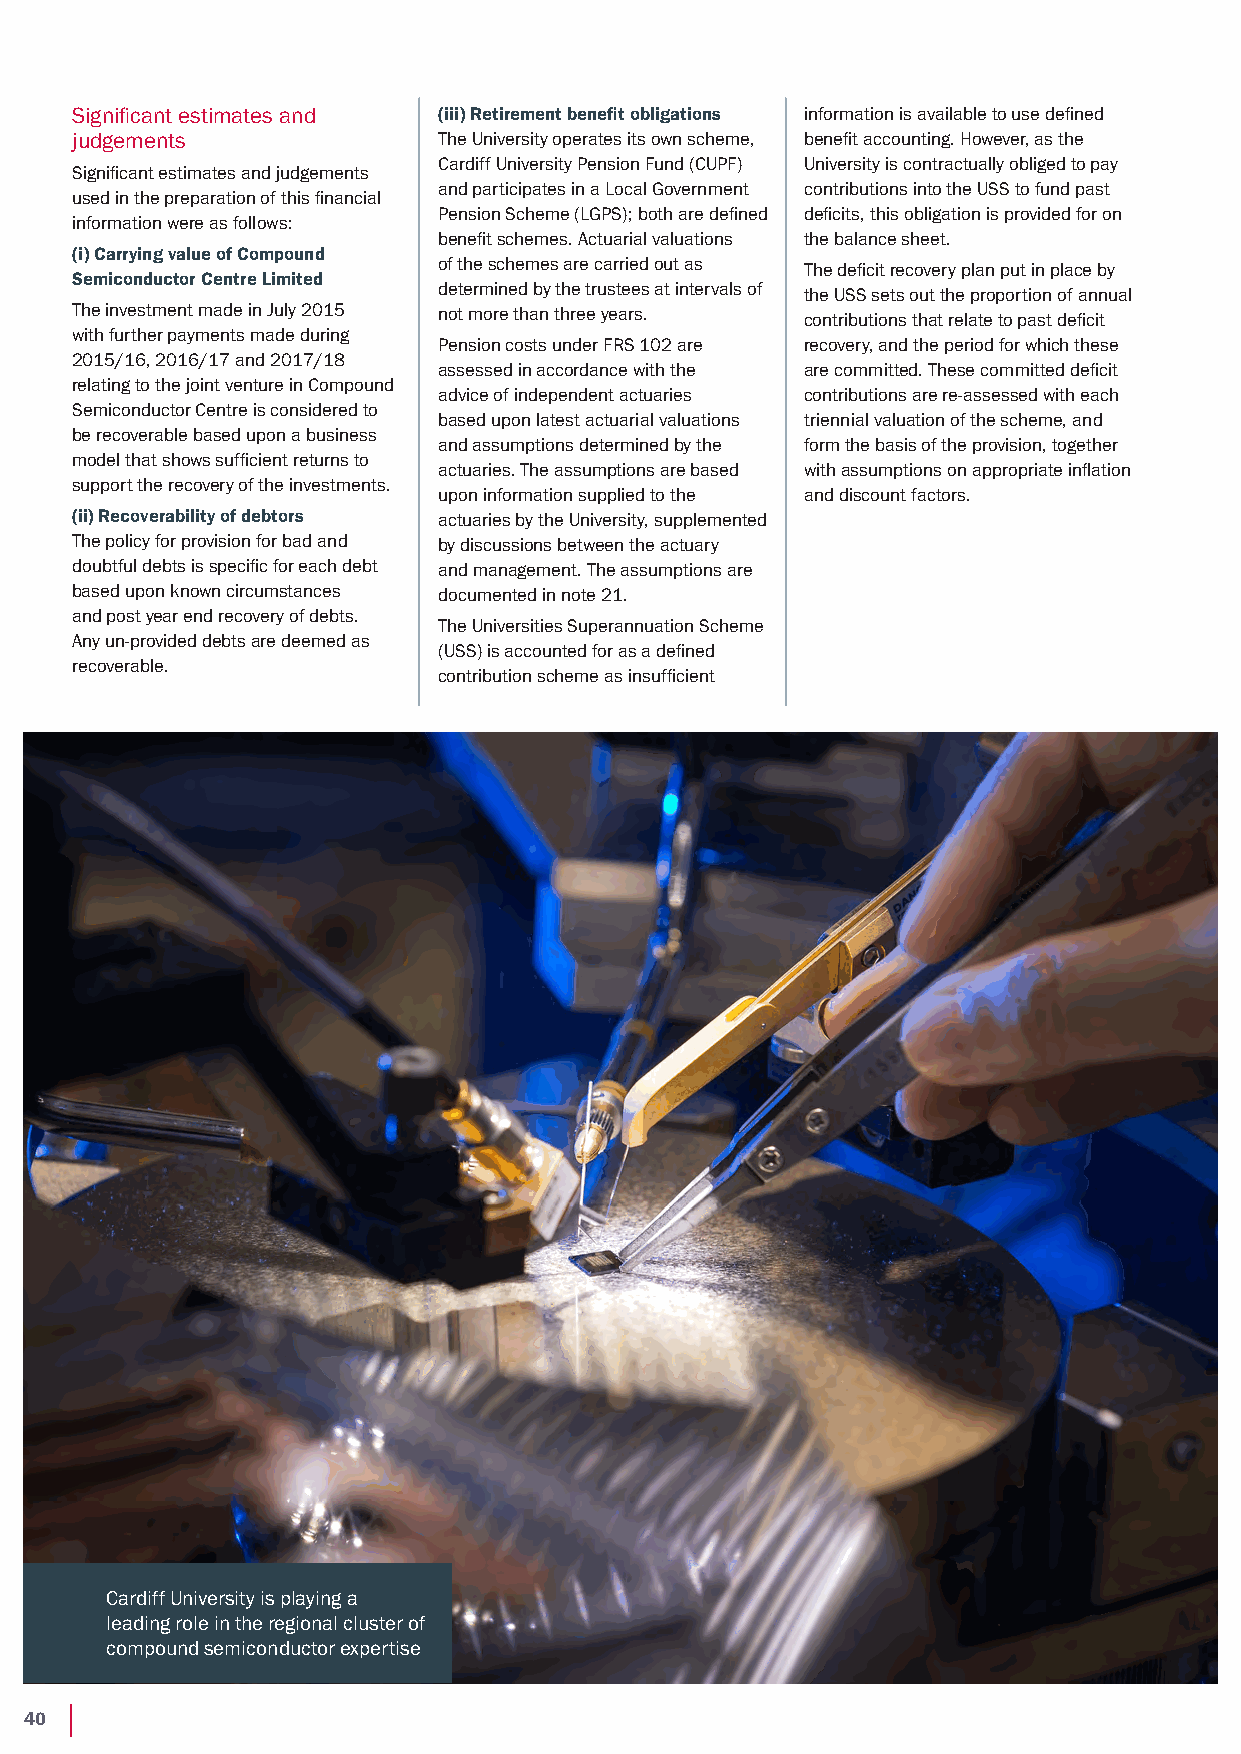
Significant estimates and (iii) Retirement benefit obligations information is available to use defined
 judgements              The University operates its own scheme, benefit accounting. However, as the
 Cardiff University Pension Fund (CUPF) University is contractually obliged to pay
 Significant estimates and judgements
 and participates in a Local Government contributions into the USS to fund past
 used in the preparation of this financial
 Pension Scheme (LGPS); both are defined deficits, this obligation is provided for on
 information were as follows:
 benefit schemes. Actuarial valuations the balance sheet.
 (i) Carrying value of Compound
 of the schemes are carried out as The deficit recovery plan put in place by
 Semiconductor Centre Limited
 determined by the trustees at intervals of the USS sets out the proportion of annual
 The investment made in July 2015 not more than three years. contributions that relate to past deficit
 with further payments made during
 Pension costs under FRS 102 are recovery, and the period for which these
 2015/16, 2016/17 and 2017/18
 assessed in accordance with the are committed. These committed deficit
 relating to the joint venture in Compound
 advice of independent actuaries contributions are re-assessed with each
 Semiconductor Centre is considered to
 based upon latest actuarial valuations triennial valuation of the scheme, and
 be recoverable based upon a business
 and assumptions determined by the form the basis of the provision, together
 model that shows sufficient returns to
 actuaries. The assumptions are based with assumptions on appropriate inflation
 support the recovery of the investments.
 upon information supplied to the and discount factors.
 (ii) Recoverability of debtors actuaries by the University, supplemented
 The policy for provision for bad and by discussions between the actuary
 doubtful debts is specific for each debt and management. The assumptions are
 based upon known circumstances documented in note 21.
 and post year end recovery of debts.
 The Universities Superannuation Scheme
 Any un-provided debts are deemed as
 (USS) is accounted for as a defined
 recoverable.
 contribution scheme as insufficient
 Cardiff University is playing a
 leading role in the regional cluster of
 compound semiconductor expertise
 40